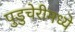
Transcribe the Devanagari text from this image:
पुडुचेरीमध्ये